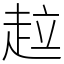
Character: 趇